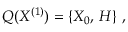
{ \cal Q } ( X ^ { ( 1 ) } ) = \left\{ X _ { 0 } , \, H \right\} \, ,